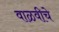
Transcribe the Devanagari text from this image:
वाळवीचे